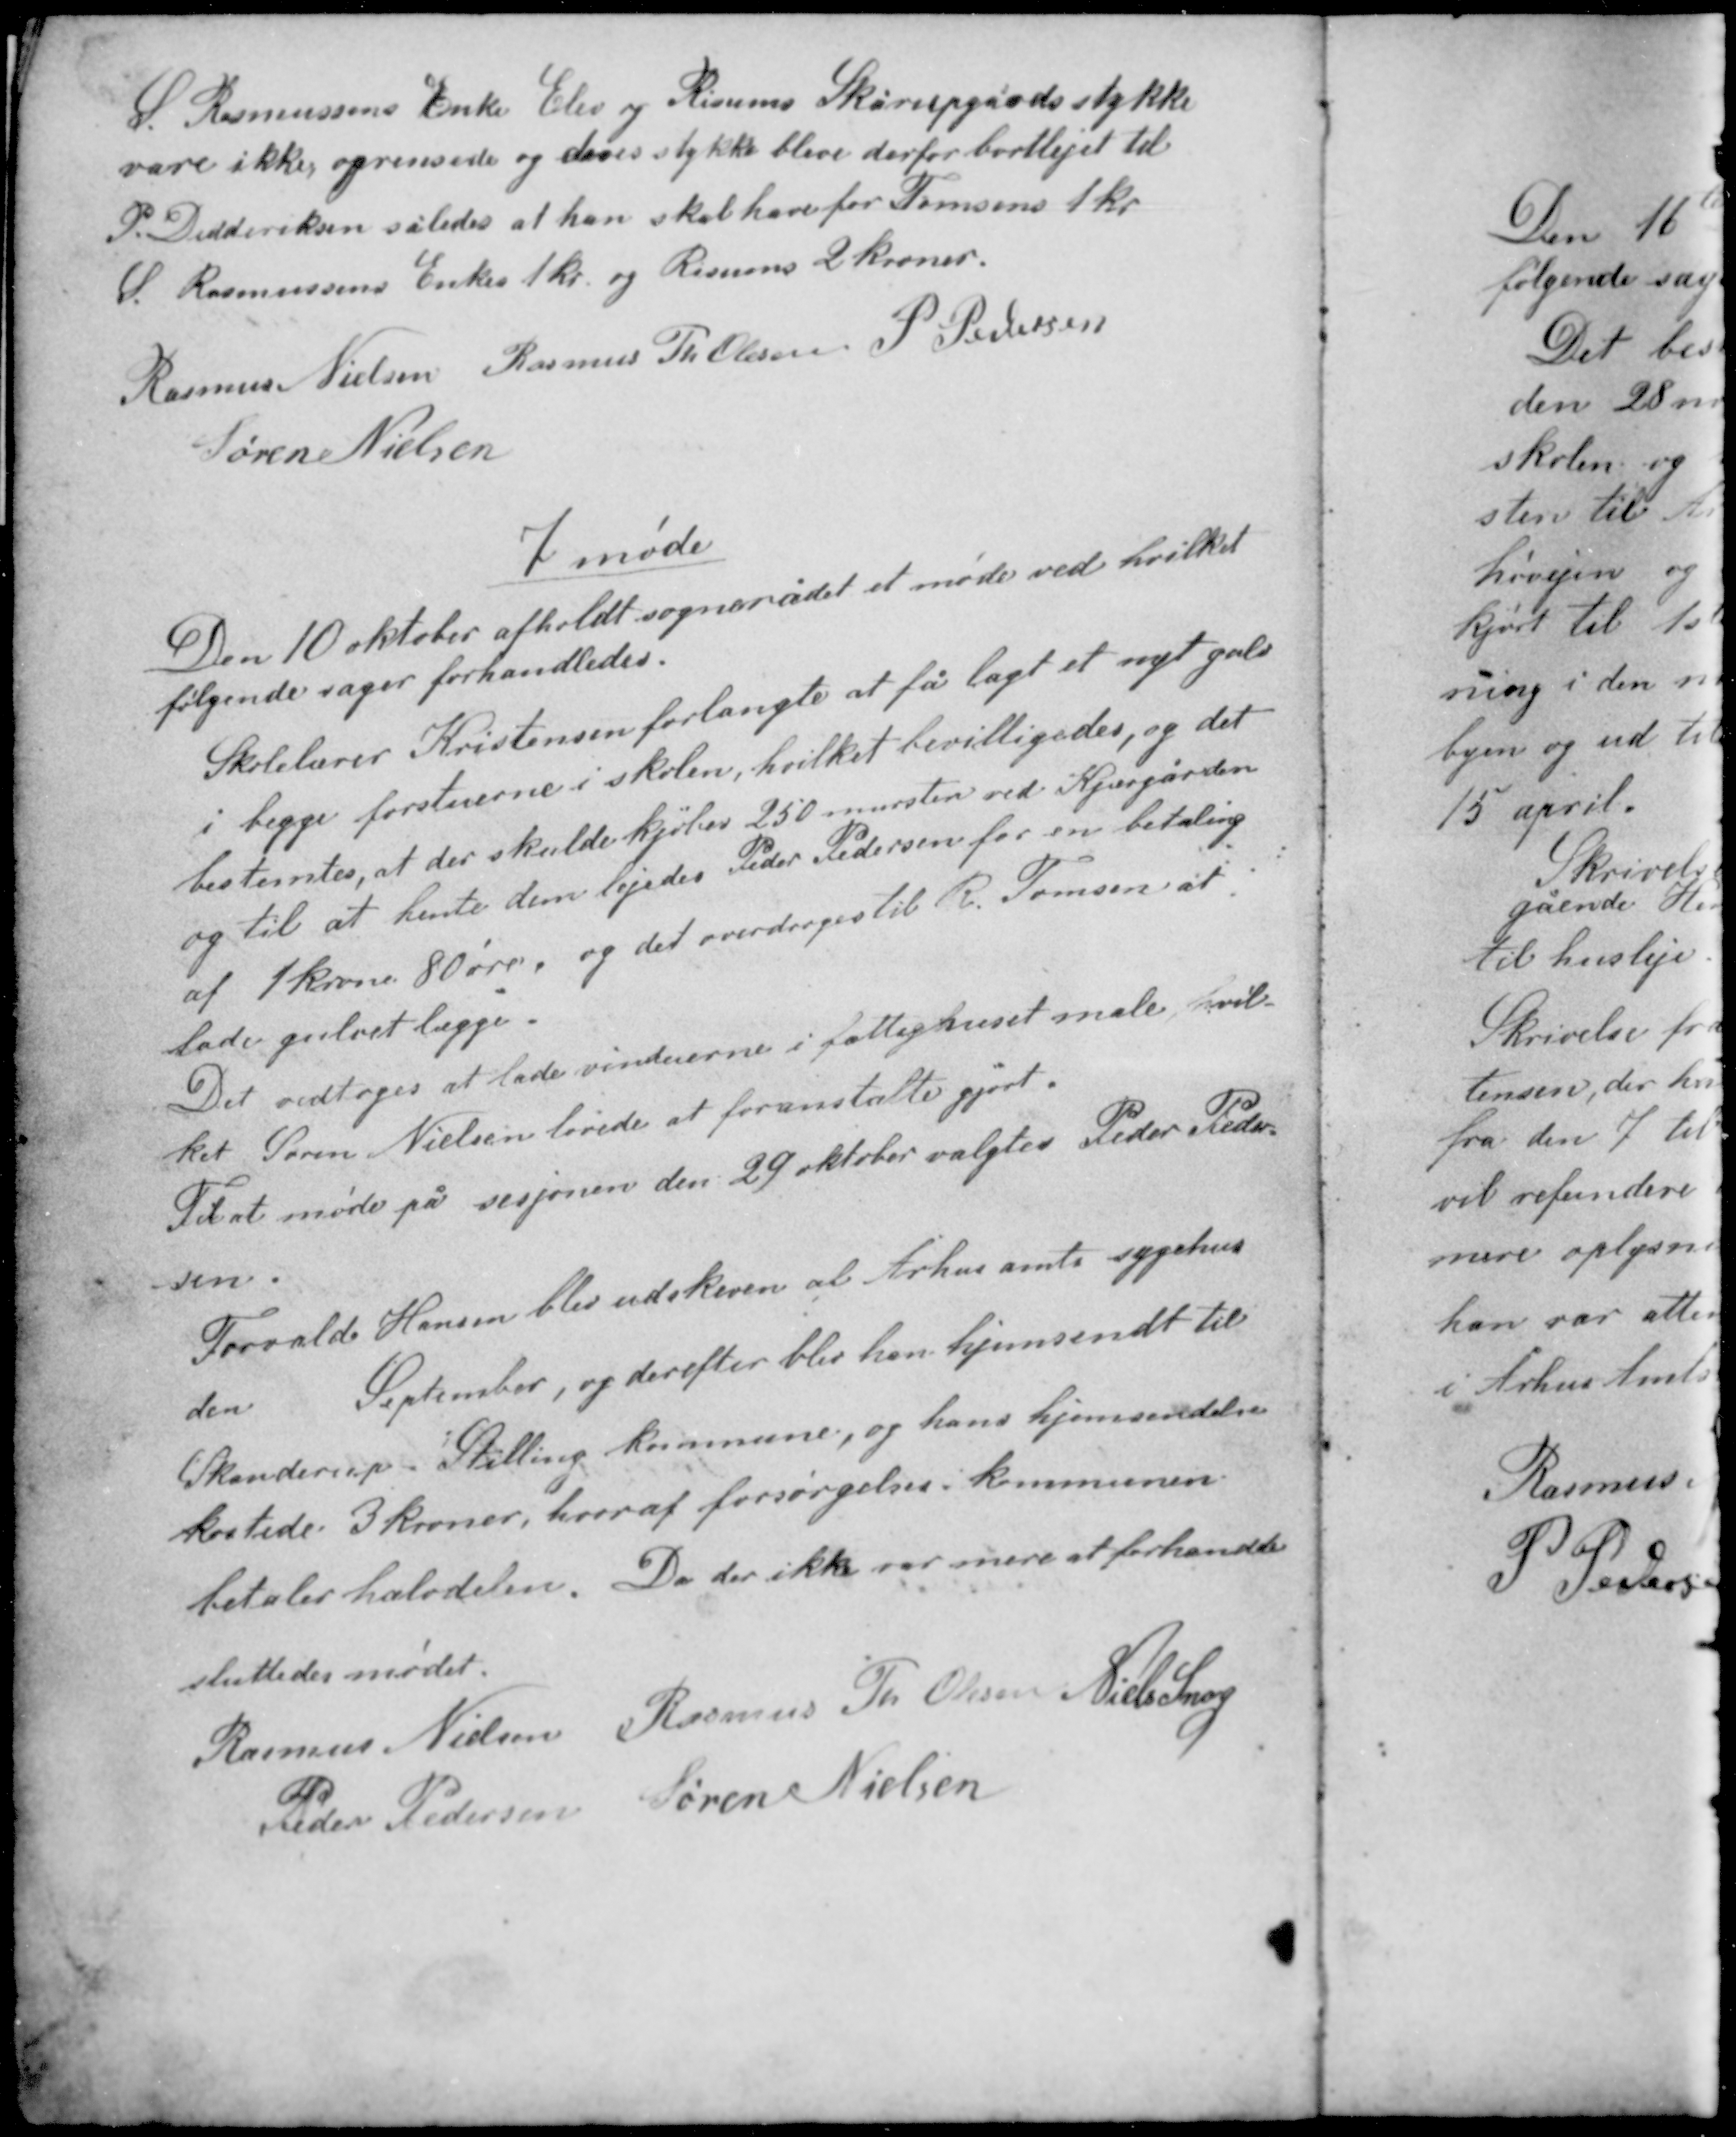
Transskription:
S. Rasmussens Enke Elev og Rismans Skårupgårds stykke
vare ikke oprensede og deres stykke blev derfor bortlejet til
P. Didderiksen således at han skal have for Thomsens 1 kr
S. Rasmussens Enke 1 kr. og Rismans 2 kroner.

Rasmus Nielsen Rasmus Th Olesen P. Pedersen
Søren Nielsen

7 møde

Den 10 oktober afholdt sognerådet et møde ved hvilket
følgende sager forhandledes.
Skolelærer Kristensen forlangte at få lagt et nyt gulv
i begge forstuerne i skolen, hvilket bevilligedes, og det
bestemtes, at der skulde kjøbes 250 mursten ved Kjærgården
og til at hente dem lejedes Peder Pedersen for en betaling
af 1 krone 80 øre. og det overdrages til R Thomsen at
lade gulvet lægge.

Det vedtoges at lade vinduerne i fattighuset male, hvil-
ket Søren Nielsen lovede at foranstalte gjort.
Til at møde på sesjonen den 29 oktober valgtes Peder Peder-
sen.

Torvald Hansen blev udskreven af Århus amts sygehus
den September, og derefter blev han hjemsendt til
Skanderup - Stilling kommune, og hans hjemsendelse
kostede 3 kroner, hvoraf forsørgelsen i kommunen
betaler halvdelen. Da der ikke var mere at forhandle

sluttedes mødet

Rasmus Nielsen Rasmus Th Olesen Niels Snog
Peder Pedersen Søren Nielsen